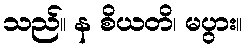
သည်။ န စိယတိ၊ မပွား။